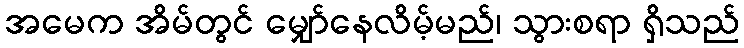
အမေက အိမ်တွင် မျှော်နေလိမ့်မည်၊ သွားစရာ ရှိသည်